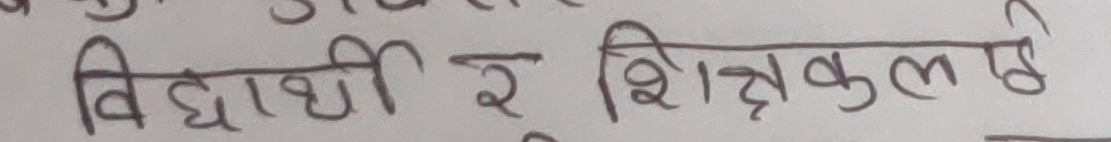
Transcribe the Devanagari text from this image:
विद्यार्थी र शिक्षकलाई